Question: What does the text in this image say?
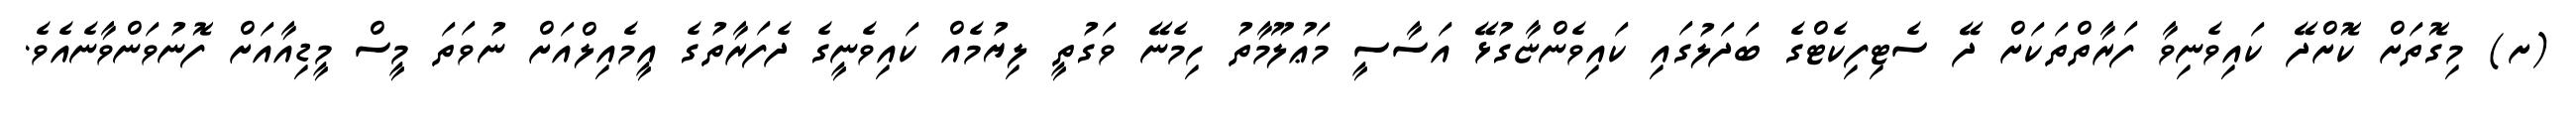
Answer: (ށ) މިގޮތަށް ކޮށްދޭ ކައިވެނިވާ ފަރާތްތަކަށް ދޭ ސެޓިފިކެޓްގެ ބަދަލުގައި ކައިވެންޏާގުޅޭ އަސާސީ މަޢުލޫމާތު ހިމެނޭ ވަގުތީ ލިޔުމެއް ކައިވެނީގެ ދެފަރާތުގެ އީމެއިލްއަށް ނުވަތަ މީސް މީޑިއާއަށް ފޮނުވަންވާނެއެވެ.